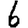
Digit: 6